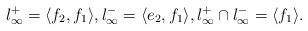
LaTeX: \begin{align*} l_\infty^+ = \langle f_2,f_1\rangle, l_\infty^- = \langle e_2,f_1\rangle, l_\infty^+ \cap l_\infty^- = \langle f_1 \rangle. \end{align*}